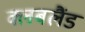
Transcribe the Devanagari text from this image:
क्लबलैंड